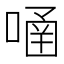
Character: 𠹄